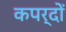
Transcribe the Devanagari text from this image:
कपर्दों